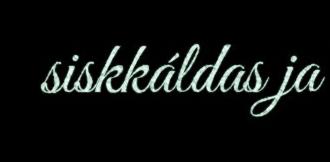
siskkáldas ja